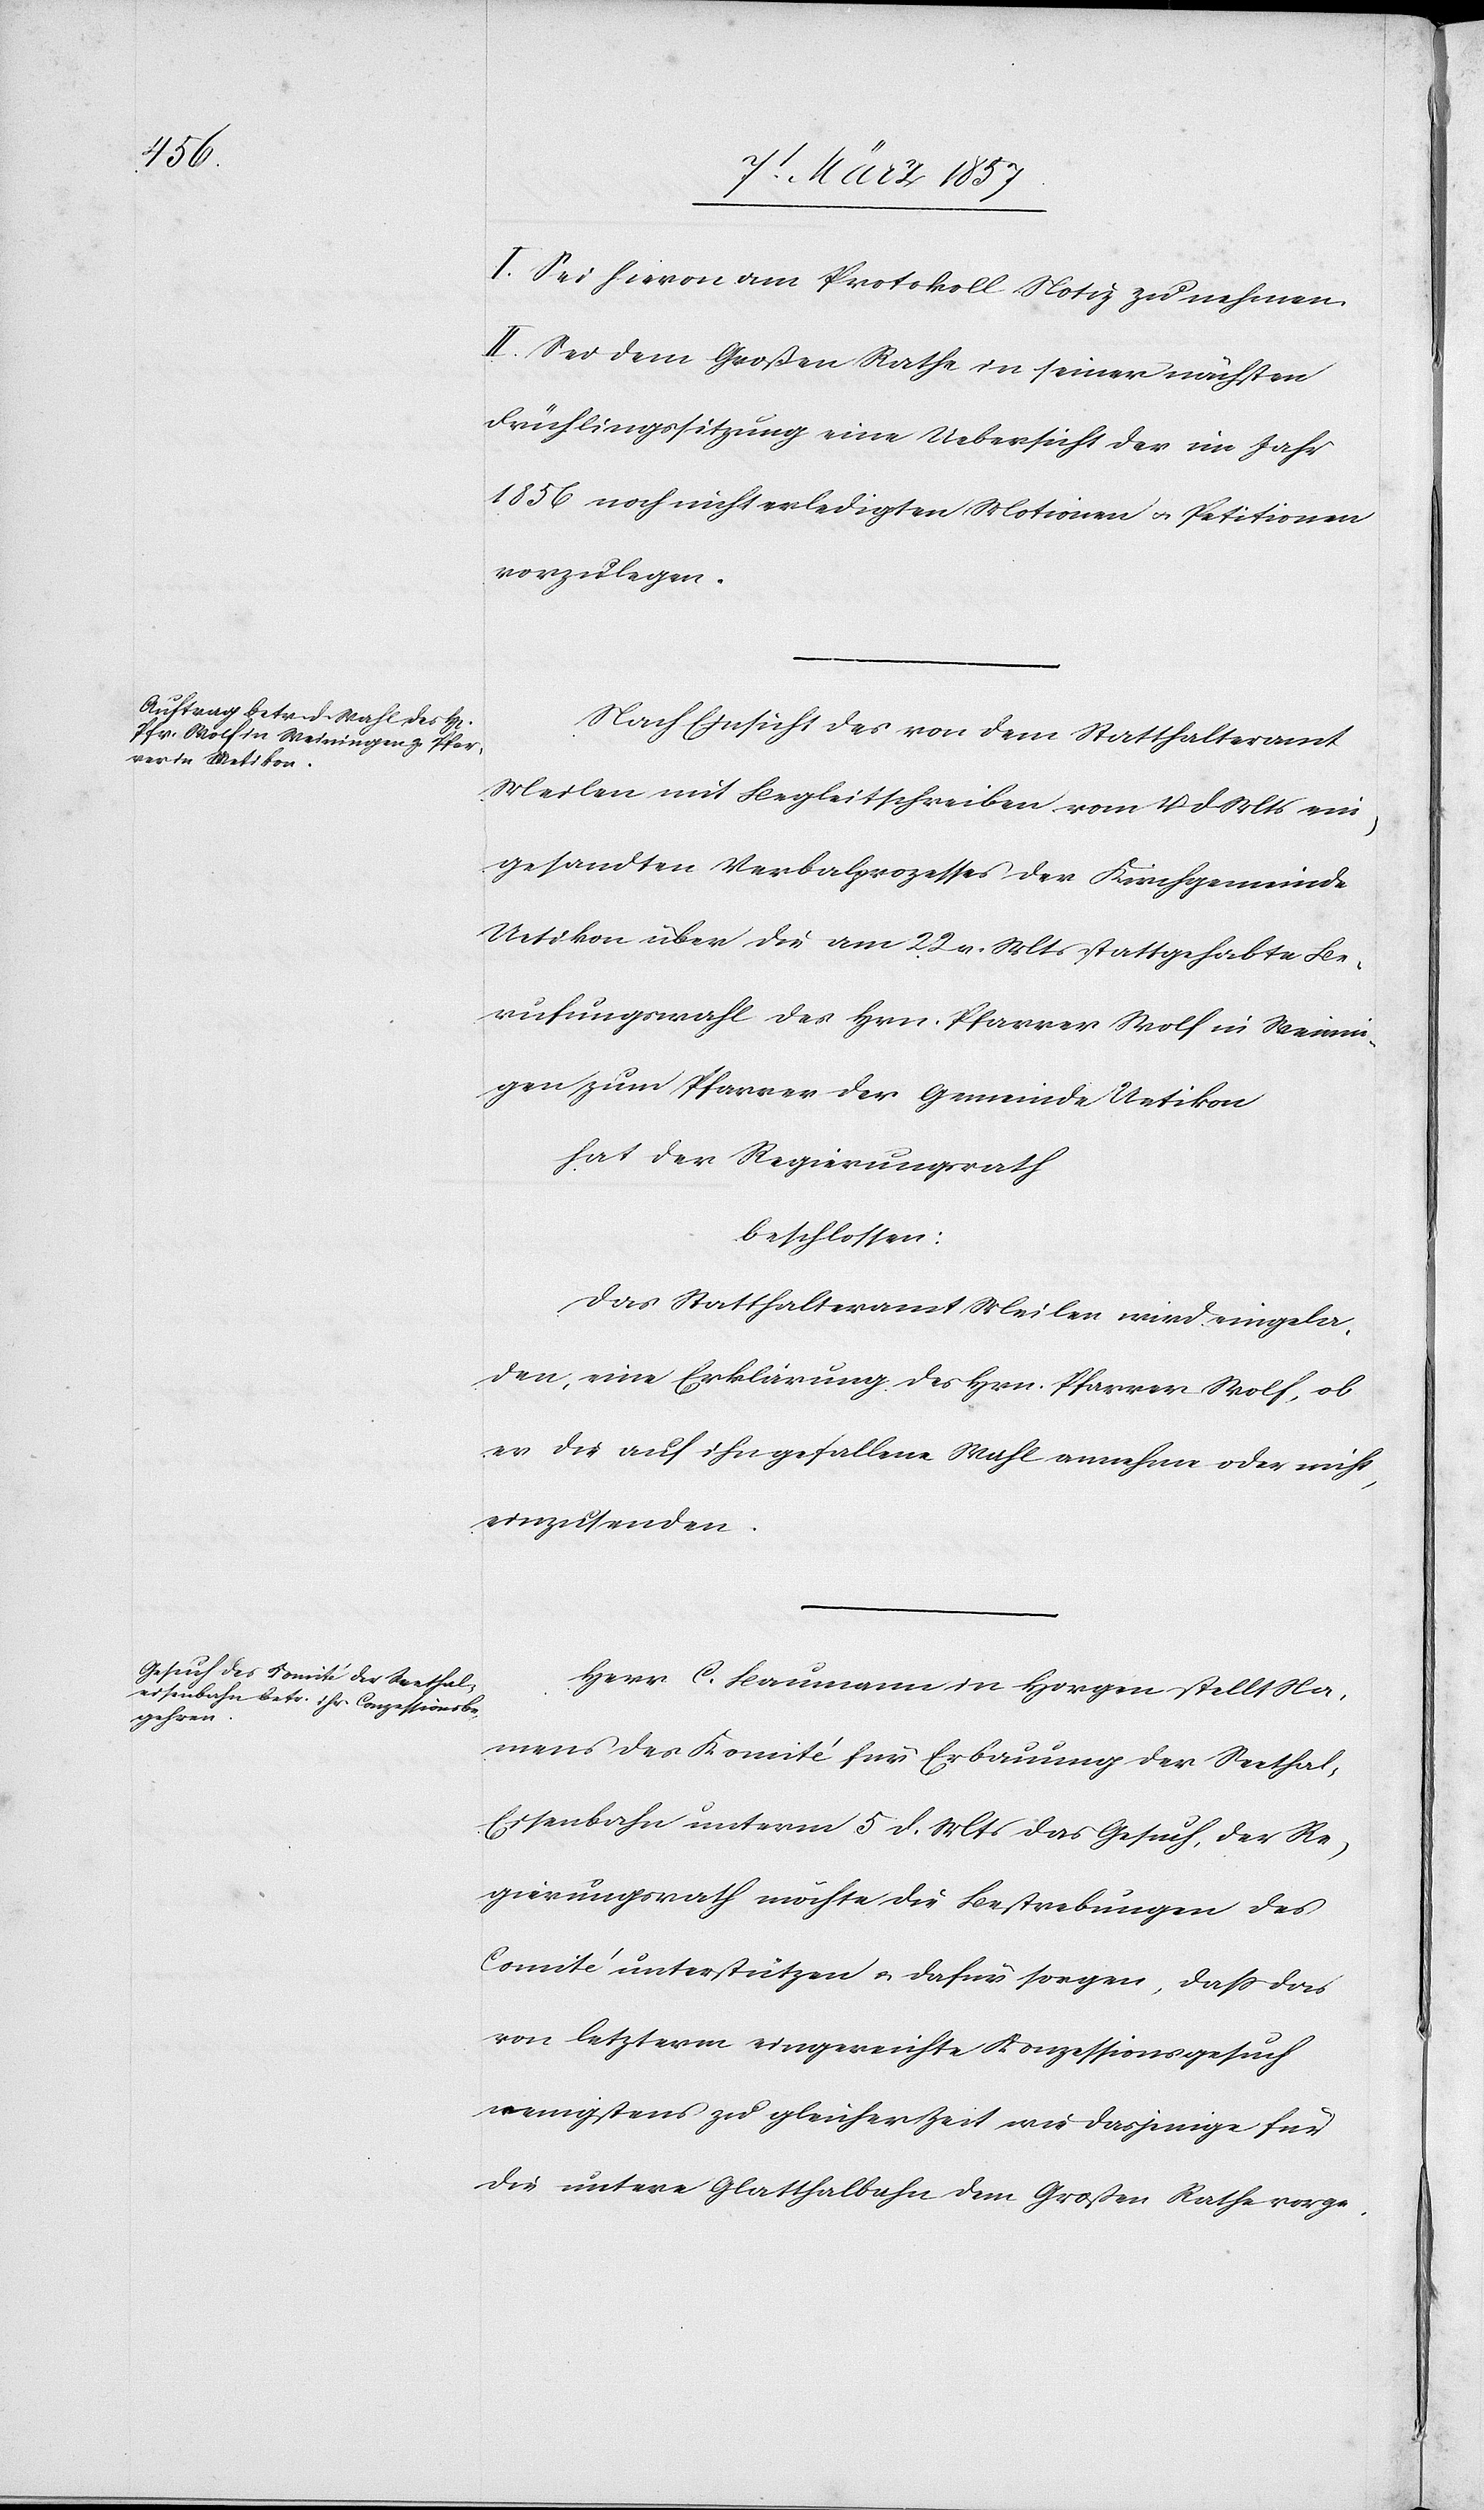
I. Sei hievon am Protokoll Notiz zu nehmen.
II. Sei dem Großen Rathe in seiner nächsten
Frühlingssitzung eine Uebersicht der im Jahr
1856 noch nicht erledigten Motionen u. Petitionen
vorzulegen.
Nach Einsicht des von dem Statthalteramt
Meilen mit Begleitschreiben vom 4 d Mts ein¬
gesandten Verbalprozesses der Kirchgemeinde
Uetikon über die am 22 v. Mts stattgehabte Be¬
rufungswahl des Hrn. Pfarrer Wolf in Weinin¬
gen zum Pfarrer der Gemeinde Uetikon
hat der Regierungsrath
beschlossen:
Das Statthalteramt Meilen wird eingela¬
den, eine Erklärung des Hrn. Pfarrer Wolf, ob
er die auf ihn gefallene Wahl annehme oder nicht,
einzusenden.
Herr C. Baumann in Horgen stellt Na¬
mens des Komité für Erbauung der Seethal-E¬
isenbahn unterm 5 d. Mts das Gesuch, der Re¬
gierungsrath möchte die Bestrebungen des
Comité unterstützen u. dafür sorgen, daß das
von letzterm eingereichte Konzessionsgesuch
wenigstens zu gleicher Zeit wie dasjenige für
die untere Glatthalbahn dem Großen Rathe vorge-